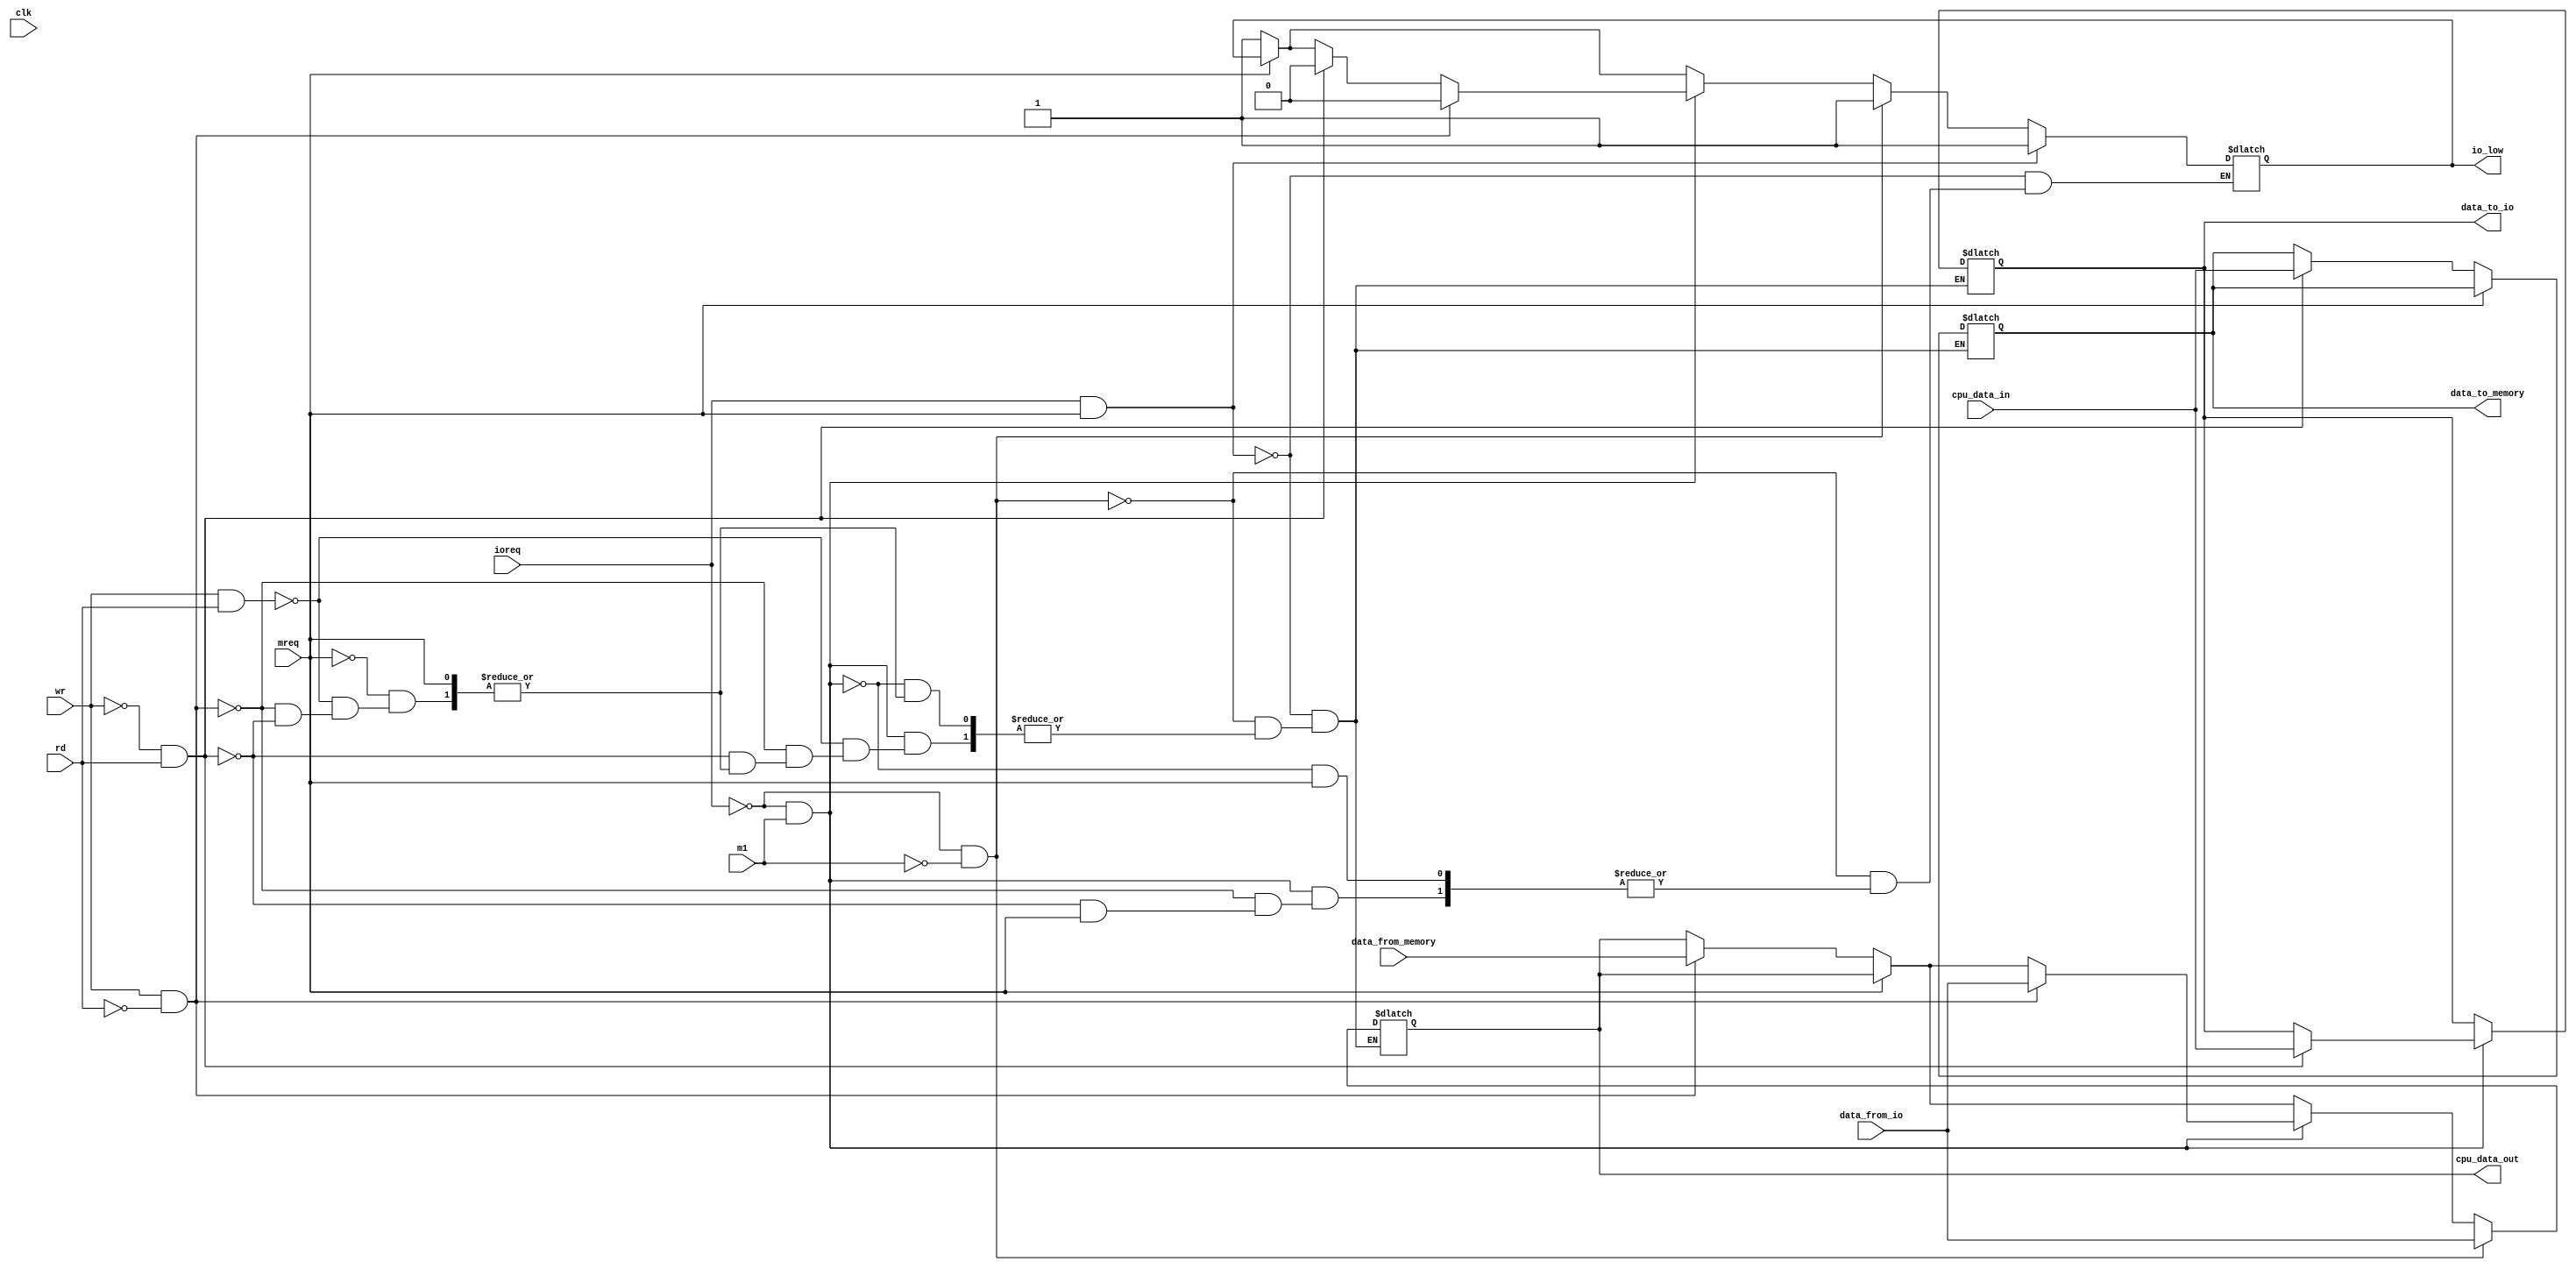
module z80_data_tristate(
    input clk,
    input mreq,
    input rd,
    input wr,
    input ioreq,
    input m1,
    input [7:0] data_from_memory,
    input [7:0] cpu_data_in,
    output reg [7:0] cpu_data_out,
    output reg [7:0] data_to_memory,
    input [7:0] data_from_io,
    output reg [7:0] data_to_io,
    output reg io_low
    );

    //reg [7:0] cpu_data_in;
    //assign cpu_data_in=((!wr) && (!mreq) && (rd))?data_from_memory:8'bZ;
    //wire cpu_mem=((!wr) && (!mreq) && (rd))?data_from_memory:8'bZ;
    //wire cpu_io=((!wr) && (!ioreq) && (rd))?data_from_io:8'bZ;
    //assign cpu_data_in=(!mreq)?cpu_mem:cpu_io;

    initial
    begin
        io_low<=1;
    end

	always //@ (posedge clk)
	   begin 
			if (!mreq)
			begin
			     if ((!wr) && (rd))
			     begin
			         //cpu_data_in<=data_out_from_device;
			         data_to_memory<=cpu_data_in;
			         cpu_data_out<=8'bZ;
			         data_to_io<=8'bZ;
			     end 
			     if ((wr) && (!rd))
			     begin
			         cpu_data_out<=data_from_memory;
			         data_to_memory<=8'bZ;
			         data_to_io<=8'bZ;
			     end
			     if ((wr) && (rd))
			     begin
			         data_to_memory<=8'bZ;
			         data_to_io<=8'bZ;
			         cpu_data_out<=8'bZ;
			     end
			     io_low<=1;
			end
			if ((!ioreq) && (m1))
			begin
			     if ((!wr) && (rd))
			     begin
			         data_to_io<=cpu_data_in;
			         cpu_data_out<=8'bZ;
			         data_to_memory<=8'bZ;
			         io_low<=0;
			     end
			     if ((wr) && (!rd))
			     begin
			         cpu_data_out<=data_from_io;
			         data_to_memory<=8'bZ;
			         data_to_io<=8'bZ;
			         io_low<=0;
			     end
			     if ((wr) && (rd))
			     begin
			         data_to_memory<=8'bZ;
			         data_to_io<=8'bZ;
			         cpu_data_out<=8'bZ;
			     end
			     
			end
			if ((!ioreq) && (!m1))           //int ackknowledge
			begin
			     data_to_memory<=8'bZ;
			     data_to_io<=8'bZ;
			     cpu_data_out<=data_from_io;
			     io_low<=1;
			end
			if ((ioreq) && (mreq)) 
			begin
			     data_to_memory<=8'bZ;
			     data_to_io<=8'bZ;
			     cpu_data_out<=8'bZ;
			     io_low<=1;
			end
			     
	   end
	   
endmodule